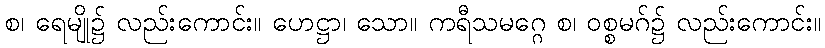
စ၊ ရေမျို၌ လည်းကောင်း။ ဟေဋ္ဌာ၊ သော။ ကရီသမဂ္ဂေ စ၊ ဝစ္စမဂ်၌ လည်းကောင်း။